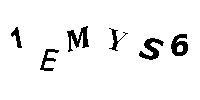
1EMYS6